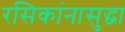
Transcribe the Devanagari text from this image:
रसिकांनासुद्धा